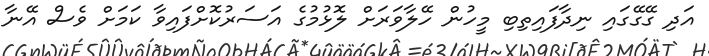
އަދި ގޭގޭގައި ނިދާފައިތިބި މީހުން ހޭލާވަރަށް ލޮޅުމުގެ އަސަރުކޮށްފައިވާ ކަމަށް ވެސް އޭނާ